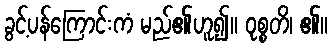
ခွင့်ပန်ကြောင်းကံ မည်၏ဟူ၍။ ဝုစ္စတိ၊ ၏။